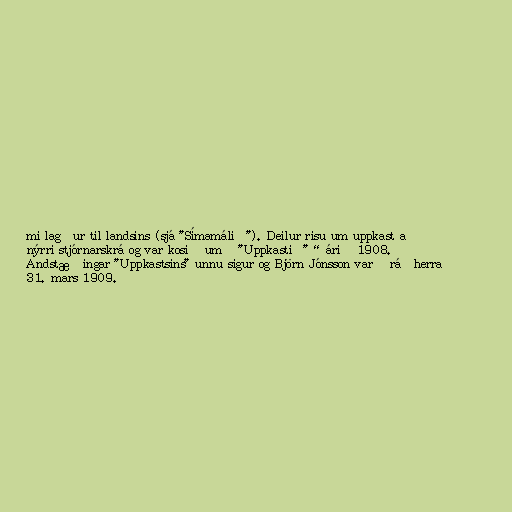
mi lagður til landsins (sjá "Símamálið"). Deilur risu um uppkast að
nýrri stjórnarskrá og var kosið um „"Uppkastið"“ árið 1908.
Andstæðingar "Uppkastsins" unnu sigur og Björn Jónsson varð ráðherra
31. mars 1909.